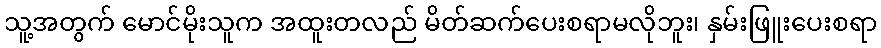
သူ့အတွက် မောင်မိုးသူက အထူးတလည် မိတ်ဆက်ပေးစရာမလိုဘူး၊ နှမ်းဖြူးပေးစရာ